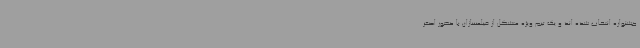
جشنواره انتخاب شده اند و یک تیم ویژه متشکل از فیلمسازان با حضور اصغر